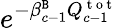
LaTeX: e^{-\beta_{c-1}^{\tt B}Q_{c-1}^{\mathrm{~t~o~t~}}}